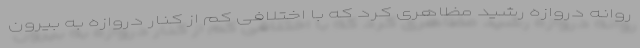
روانه دروازه رشید مظاهری کرد که با اختلافی کم از کنار دروازه به بیرون